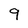
Character: 9